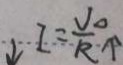
\downarrow I = \frac { V _ { \Delta } } { R } \uparrow